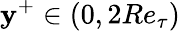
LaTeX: \mathbf{y}^{+}\in(0,2Re_{\tau})